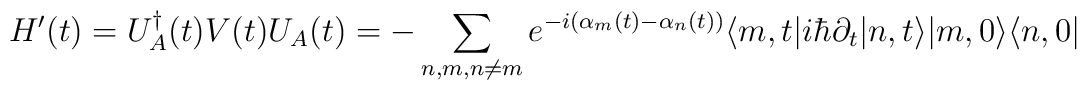
H'(t)=U_A^\dagger(t)V(t)U_A(t)=    -\sum_{n,m,n\neq m}e^{-i(\alpha_m(t)-\alpha_n(t))}    \langle m,t|i\hbar\partial_t|n,t\rangle|m,0\rangle\langle n,0|